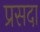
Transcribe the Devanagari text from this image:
प्रसदा